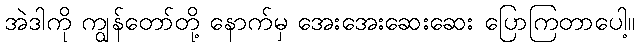
အဲဒါကို ကျွန်တော်တို့ နောက်မှ အေးအေးဆေးဆေး ပြောကြတာပေါ့။